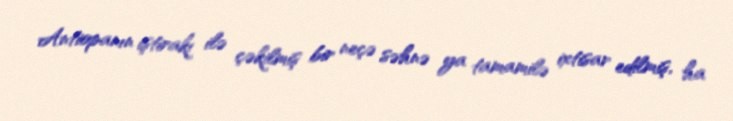
Antiopanın iştirakı ilə çəkilmiş bir neçə səhnə ya tamamilə ixtisar edilmiş, ha